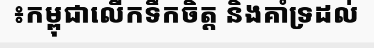
៖កម្ពុជាលើកទឹកចិត្ត និងគាំទ្រដល់